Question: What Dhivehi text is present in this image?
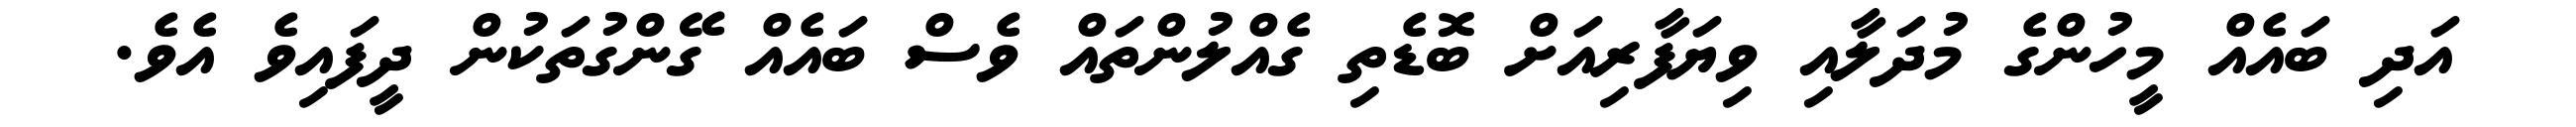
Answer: އަދި ބައެއް މީހުންގެ މުދަލާއި ވިޔަފާރިއަށް ބޮޑެތި ގެއްލުންތައް ވެސް ބައެއް ގޭންގުތަކުން ދީފައިވެ އެވެ.